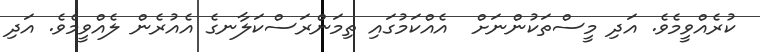
ކުރެއްވީމެވެ. އަދި މީސްތަކުންނަށް  އެއްކަމުގައި ތިމަންރަސްކަލާނގެ އެއުރެން ލެއްވީމެވެ. އަދި